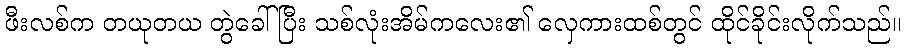
ဖီးလစ်က တယုတယ တွဲခေါ်ပြီး သစ်လုံးအိမ်ကလေး၏ လှေကားထစ်တွင် ထိုင်ခိုင်းလိုက်သည်။